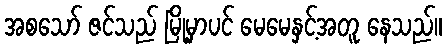
အစသော် ဇင်သည် မြို့မှာပင် မေမေနှင့်အတူ နေသည်။